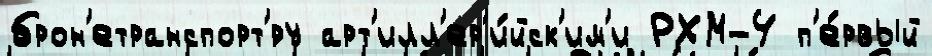
брон'етранспорт'́ру арт'илл'ер'и́йск'им'и РХМ-4 п'е́рвый